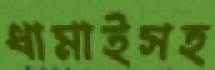
ধামাইসহ